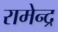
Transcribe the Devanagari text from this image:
रामेन्द्र